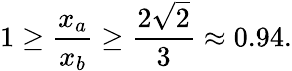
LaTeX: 1\geq{\frac{x_{a}}{x_{b}}}\geq{\frac{2{\sqrt{2}}}{3}}\approx 0.94.